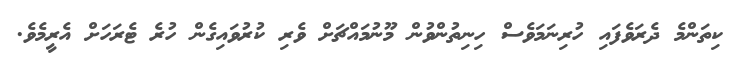
ކިތަންމެ ދެރަވެފައި ހުރިނަމަވެސް ހިނިތުންވުން މޫނުމައްޗަށް ވެރި ކުރުވައިގެން ހުރެ ޓެރަހަށް އެރީމެވެ.